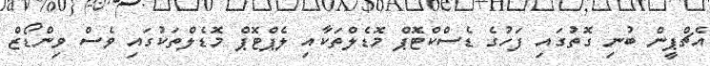
އެޗްޕީން ބުނި ގޮތުގައި ފަހުގެ ޑެސްކްޓޮޕް މޮޑެލްތަކާއި ލެޕްޓޮޕް މޮޑެލްތަކުގައި ވެސް ވިންޑޯޒް